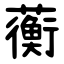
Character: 蘅